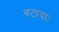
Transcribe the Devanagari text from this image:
बटाया।